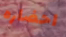
احضاره